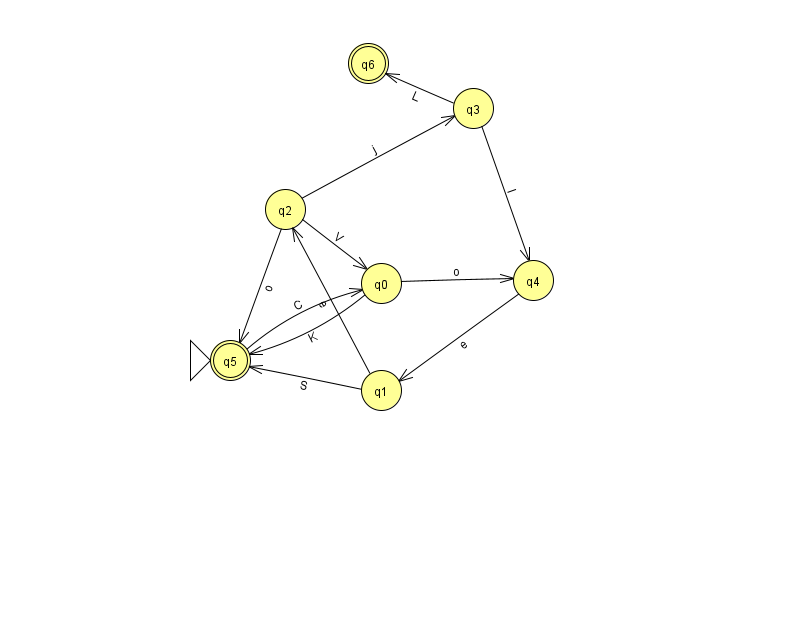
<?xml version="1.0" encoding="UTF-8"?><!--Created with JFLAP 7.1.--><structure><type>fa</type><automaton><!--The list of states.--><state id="0" name="q0"><x>381.0</x><y>270.0</y></state><state id="1" name="q1"><x>381.0</x><y>377.0</y></state><state id="2" name="q2"><x>285.0</x><y>196.0</y></state><state id="3" name="q3"><x>473.0</x><y>95.0</y></state><state id="4" name="q4"><x>533.0</x><y>267.0</y></state><state id="5" name="q5"><x>230.0</x><y>347.0</y><initial/><final/></state><state id="6" name="q6"><x>368.0</x><y>50.0</y><final/></state><!--The list of transitions.--><transition><from>4</from><to>1</to><read>e</read></transition><transition><from>2</from><to>5</to><read>o</read></transition><transition><from>2</from><to>0</to><read>V</read></transition><transition><from>0</from><to>5</to><read>K</read></transition><transition><from>1</from><to>2</to><read>e</read></transition><transition><from>0</from><to>4</to><read>o</read></transition><transition><from>3</from><to>4</to><read>I</read></transition><transition><from>2</from><to>3</to><read>j</read></transition><transition><from>1</from><to>5</to><read>S</read></transition><transition><from>3</from><to>6</to><read>L</read></transition><transition><from>5</from><to>0</to><read>C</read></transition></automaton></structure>